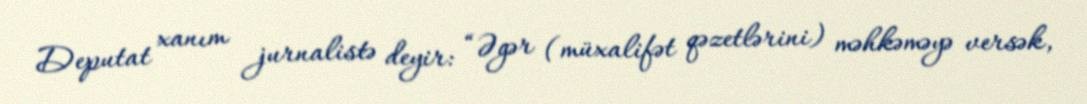
Deputat xanım jurnalistə deyir: “Əgər (müxalifət qəzetlərini) məhkəməyə versək,